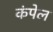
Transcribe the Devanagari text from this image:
कंपेल